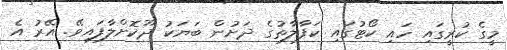
މީގެ ކުރީގައި ހައި ކޯޓުގައި ކަފާލާތުގެ ދަށުން ބަޔަކު ދޫކޮށްލާފައިވޭ. އޭރު އެ